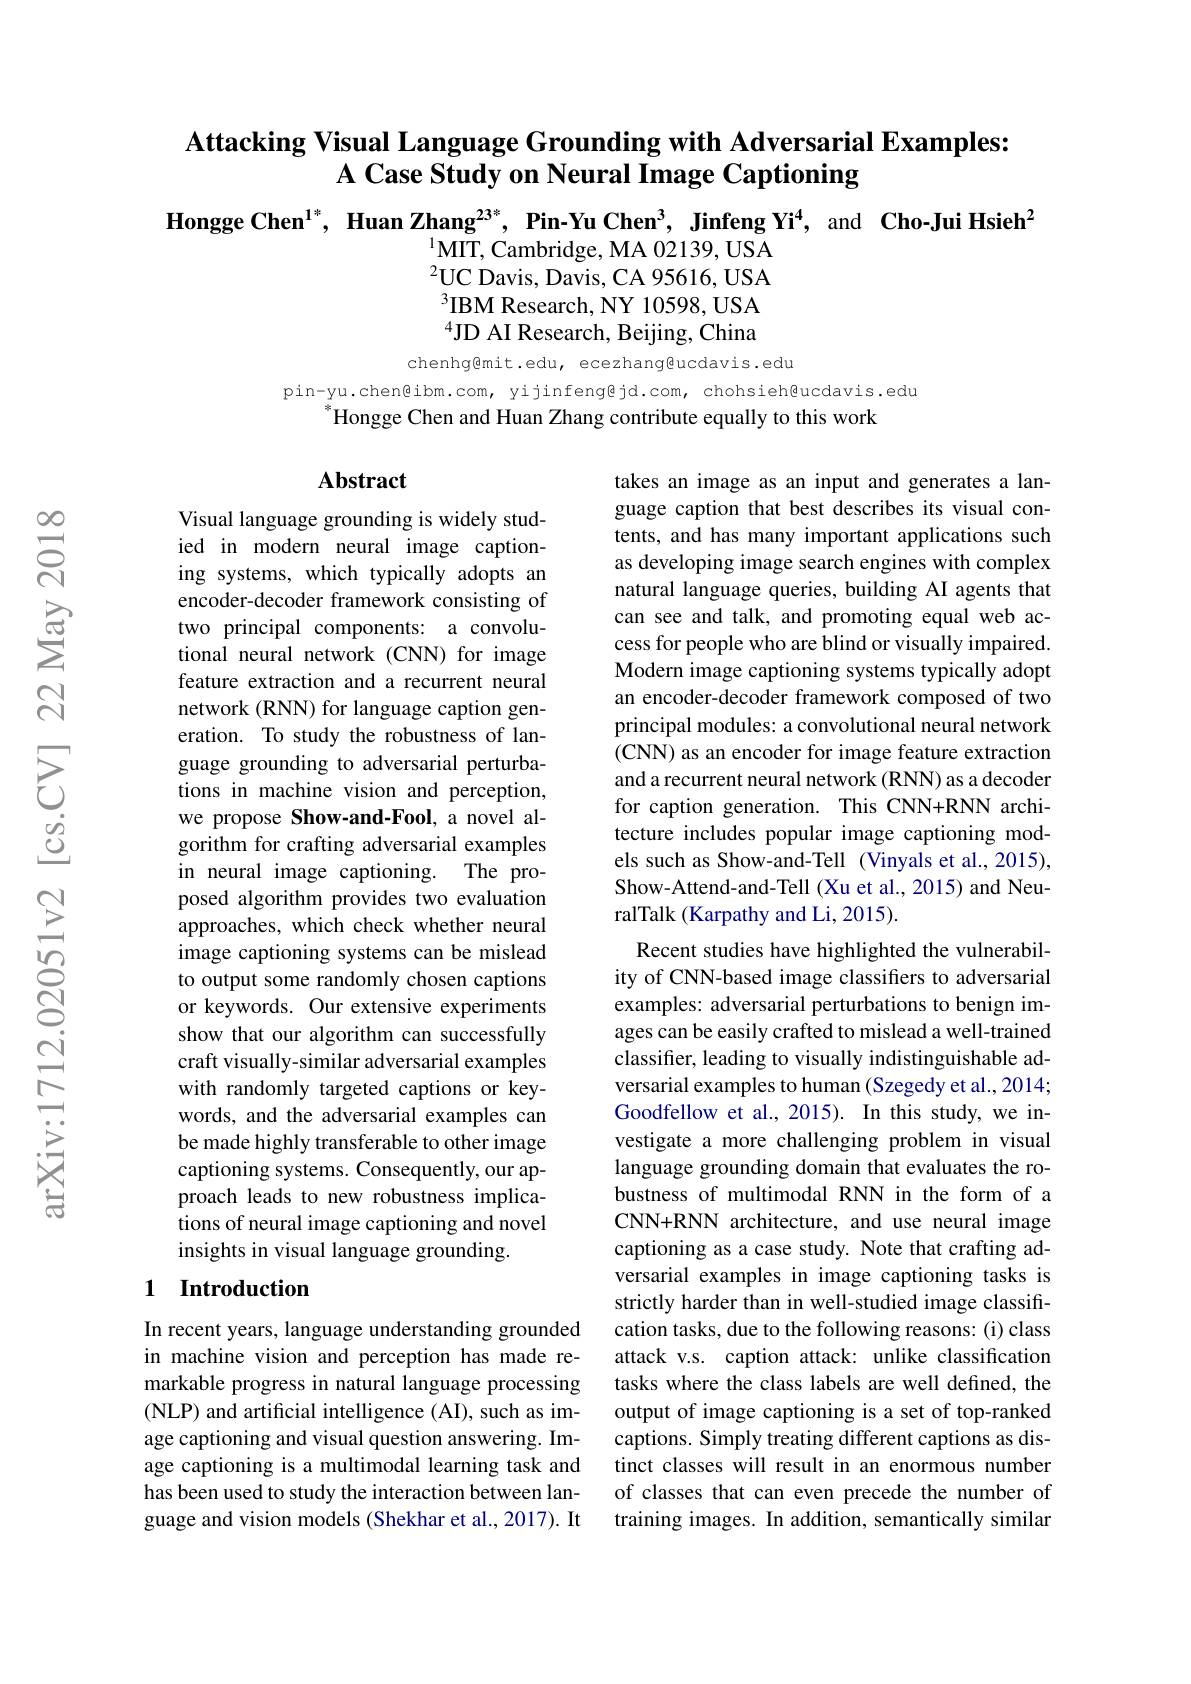
## Attacking Visual Language Grounding with Adversarial Examples: $A$ Case Study on Neural Image Captioning

Hongge Chen$^{1*}$, Huan Zhang$^{23*}$, Pin-Yu Chen$^{3}$, Jinfeng Yi$^{4}$, and Cho-Jui Hsieh$^{2}$
$^{1}\bar{\mathrm{MIT,~Cambridge,~MA~02139,~USA}}$ $^{2}$UC Davis, Davis, CA 95616, USA $^{3}$IBM Research, NY 10598, USA $^{4}$JD AI Research, Beijing, China

chenhg@mit.edu, ecezhanggeucdavis.edu

pin-yu.chen@ibm.com, yijinfeng@jd.com, chohsieh@ucdavis.edu
 Hongge Chen and Huan Zhang contribute equally to this work

### $\mathbf{Abstract}$

Visual language grounding is widely studied in modern neural image captioning systems, which typically adopts an encoder-decoder framework consisting of two principal components: a convolutional neural network (CNN) for image feature extraction and a recurrent neural network (RNN) for language caption generation. To study the robustness of language grounding to adversarial perturbations in machine vision and perception, we propose Show-and-Fool, a novel algorithm for crafting adversarial examples in neural image captioning. The proposed algorithm provides two evaluation approaches, which check whether neural image captioning systems can be mislead to output some randomly chosen captions or keywords. Our extensive experiments show that our algorithm can successfully craft visually-similar adversarial examples with randomly targeted captions or keywords, and the adversarial examples can be made highly transferable to other image captioning systems. Consequently, our approach leads to new robustness implications of neural image captioning and novel insights in visual language grounding.

takes an image as an input and generates a language caption that best describes its visual contents, and has many important applications such as developing image search engines with complex natural language queries, building AI agents that can see and talk, and promoting equal web access for people who are blind or visually impaired. Modern image captioning systems typically adopt an encoder-decoder framework composed of two principal modules: a convolutional neural network (CNN) as an encoder for image feature extraction and a recurrent neural network (RNN) as a decoder for caption generation. This CNN+RNN architecture includes popular image captioning models such as Show-and-Tell (Vinyals et al., 2015), Show-Attend-and-Tell (Xu et al., 2015) and NeuralTalk (Karpathy and Li, 2015).
Recent studies have highlighted the vulnerability of CNN-based image classifers to adversarial examples: adversarial perturbations to benign images can be easily crafted to mislead a well-trained classifer, leading to visually indistinguishable adversarial examples to human (Szegedy et al., 2014; Goodfellow et al., 2015). In this study, we investigate a more challenging problem in visual language grounding domain that evaluates the robustness of multimodal RNN in the form of a CNN+RNN architecture, and use neural image captioning as a case study. Note that crafting adversarial examples in image captioning tasks is strictly harder than in well-studied image classification tasks, due to the following reasons: (i) class attack v.s. caption attack: unlike classification tasks where the class labels are well defined, the output of image captioning is a set of top-ranked captions. Simply treating different captions as distinct classes will result in an enormous number of classes that can even precede the number of training images. In addition, semantically similar

## 1 Introduction

In recent years, language understanding grounded in machine vision and perception has made remarkable progress in natural language processing (NLP) and artificial intelligence (AI), such as image captioning and visual question answering. Image captioning is a multimodal learning task and has been used to study the interaction between language and vision models (Shekhar et al., 2017). It